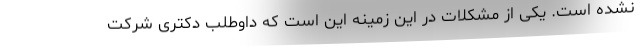
نشده است. یکی از مشکلات در این زمینه این است که داوطلب دکتری شرکت